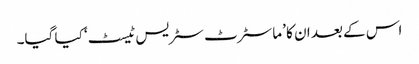
اس کے بعد ان کا ’ماسٹرٹ سٹریس ٹیسٹ‘ کیا گیا۔